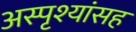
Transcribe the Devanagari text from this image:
अस्पृश्यांसह